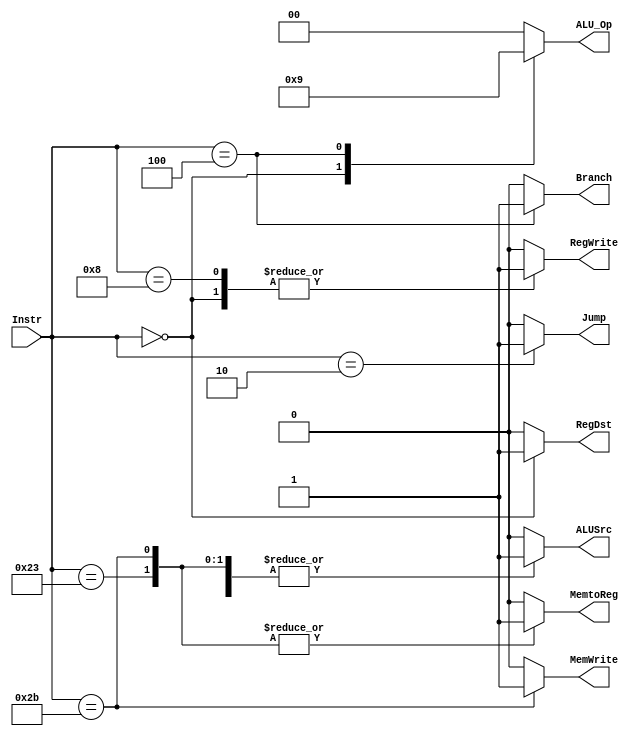
module Main_Decoder(

input    wire   [5:0]   Instr,
output   reg            MemtoReg,MemWrite,Branch,ALUSrc,RegDst,RegWrite,Jump,
output   reg   [1:0]    ALU_Op

);

always @(*)

begin

case(Instr)

6'b100011:
 begin
 Jump=1'b0;
 ALU_Op=2'b00;
 MemWrite=1'b0;
 RegWrite=1'b0;
 RegDst=1'b0;
 ALUSrc=1'b1;
 MemtoReg=1'b1;
 Branch=1'b0;
 
 end
 
6'b101011:
 begin
 Jump=1'b0;
 ALU_Op=2'b00;
 MemWrite=1'b1;
 RegWrite=1'b0;
 RegDst=1'b0;
 ALUSrc=1'b1;
 MemtoReg=1'b1;
 Branch=1'b0;
 
 end
 
 6'b0:
 begin
 Jump=1'b0;
 ALU_Op=2'b10;
 MemWrite=1'b0;
 RegWrite=1'b1;
 RegDst=1'b1;
 ALUSrc=1'b0;
 MemtoReg=1'b0;
 Branch=1'b0;
 
 end
 
 6'b001000:
 begin
 Jump=1'b0;
 ALU_Op=2'b00;
 MemWrite=1'b0;
 RegWrite=1'b1;
 RegDst=1'b0;
 ALUSrc=1'b1;
 MemtoReg=1'b0;
 Branch=1'b0;
 
 end
 
 6'b000100:
 begin
 Jump=1'b0;
 ALU_Op=2'b01;
 MemWrite=1'b0;
 RegWrite=1'b0;
 RegDst=1'b0;
 ALUSrc=1'b0;
 MemtoReg=1'b0;
 Branch=1'b1;
 
 end
 
 6'b000010:
 begin
 Jump=1'b1;
 ALU_Op=2'b00;
 MemWrite=1'b0;
 RegWrite=1'b0;
 RegDst=1'b0;
 ALUSrc=1'b0;
 MemtoReg=1'b0;
 Branch=1'b0;
 
 end
 
 default:
 begin
 Jump=1'b0;
 ALU_Op=2'b00;
 MemWrite=1'b0;
 RegWrite=1'b0;
 RegDst=1'b0;
 ALUSrc=1'b0;
 MemtoReg=1'b0;
 Branch=1'b0;
 
 end
 
endcase 
 
end

endmodule